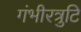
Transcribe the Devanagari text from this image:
गंभीरत्रुटि